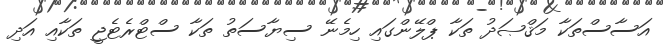
އަސާސްތަކާ މަޤްޞަދު ތަކާ ޕްލޭންގައި ހިމެނޭ ސިޔާސަތު ތަކާ ސްޓްރެޓެޖީ ތަކާއި އަދި